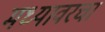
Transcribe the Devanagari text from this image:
मध्यावरचा